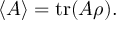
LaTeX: \langle A \rangle = \operatorname { t r } ( A \rho ) .